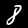
Digit: 8